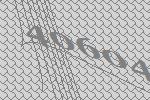
40604